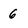
Character: 6